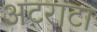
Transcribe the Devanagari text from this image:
अटराटा